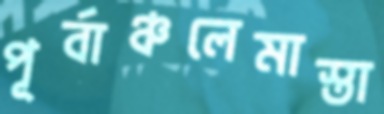
পূর্বাঞ্চলেমাস্তা